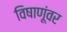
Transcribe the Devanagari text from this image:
विषाणूंवर